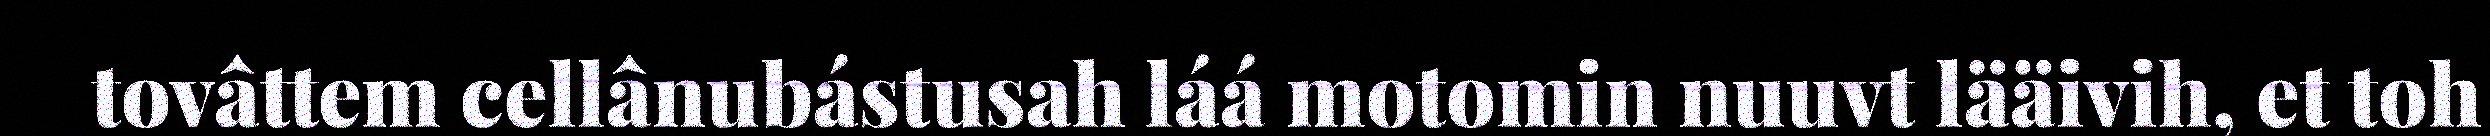
tovâttem cellânubástusah láá motomin nuuvt lääivih, et toh